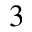
3